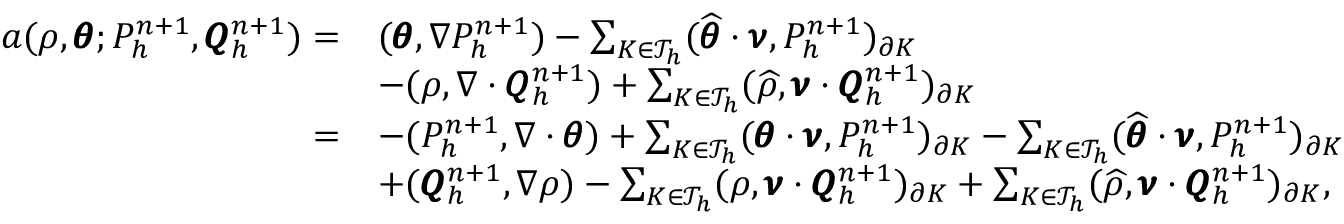
\begin{array} { r l } { a ( \rho , \pmb { \theta } ; P _ { h } ^ { n + 1 } , \pmb { Q } _ { h } ^ { n + 1 } ) = } & { ( \pmb { \theta } , \nabla P _ { h } ^ { n + 1 } ) - \sum _ { K \in \mathcal { T } _ { h } } ( \widehat { \pmb { \theta } } \cdot \pmb { \nu } , P _ { h } ^ { n + 1 } ) _ { \partial K } } \\ & { - ( \rho , \nabla \cdot \pmb { Q } _ { h } ^ { n + 1 } ) + \sum _ { K \in \mathcal { T } _ { h } } ( \widehat { \rho } , \pmb { \nu } \cdot \pmb { Q } _ { h } ^ { n + 1 } ) _ { \partial K } } \\ { = } & { - ( P _ { h } ^ { n + 1 } , \nabla \cdot \pmb { \theta } ) + \sum _ { K \in \mathcal { T } _ { h } } ( \pmb { \theta } \cdot \pmb { \nu } , P _ { h } ^ { n + 1 } ) _ { \partial K } - \sum _ { K \in \mathcal { T } _ { h } } ( \widehat { \pmb { \theta } } \cdot \pmb { \nu } , P _ { h } ^ { n + 1 } ) _ { \partial K } } \\ & { + ( \pmb { Q } _ { h } ^ { n + 1 } , \nabla \rho ) - \sum _ { K \in \mathcal { T } _ { h } } ( \rho , \pmb { \nu } \cdot \pmb { Q } _ { h } ^ { n + 1 } ) _ { \partial K } + \sum _ { K \in \mathcal { T } _ { h } } ( \widehat { \rho } , \pmb { \nu } \cdot \pmb { Q } _ { h } ^ { n + 1 } ) _ { \partial K } , } \end{array}